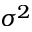
\sigma ^ { 2 }